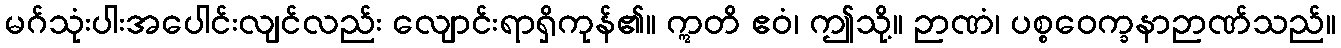
မဂ်သုံးပါးအပေါင်းလျင်လည်း လျောင်းရာရှိကုန်၏။ ဣတိ ဧဝံ၊ ဤသို့။ ဉာဏံ၊ ပစ္စဝေက္ခနာဉာဏ်သည်။